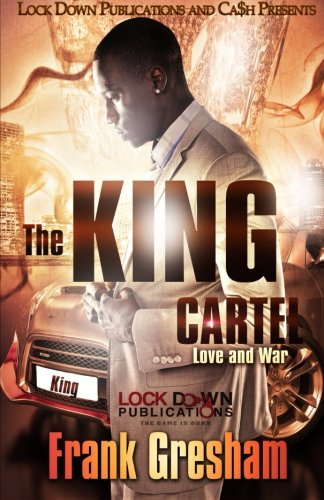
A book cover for The King Cartel: Love & War (Volume 1); Frank Gresham; Literature & Fiction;